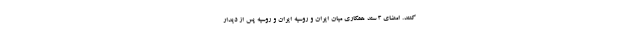
کنند. امضای ۳ سند همکاری میان ایران و روسیه ایران و روسیه پس از دیدار